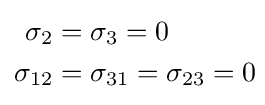
{\begin{aligned}\sigma _{2}&=\sigma _{3}=0\!\\\sigma _{12}&=\sigma _{31}=\sigma _{23}=0\!\end{aligned}}